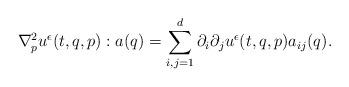
LaTeX: \begin{align*}\nabla_{p}^2u^\epsilon(t,q,p):a(q)=\sum_{i,j=1}^{d}\partial_i\partial_j u^\epsilon(t,q,p)a_{ij}(q).\end{align*}